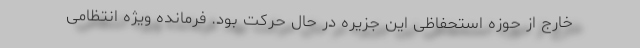
خارج از حوزه استحفاظی این جزیره در حال حرکت بود. فرمانده ویژه انتظامی